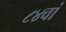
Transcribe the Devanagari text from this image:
८४वां